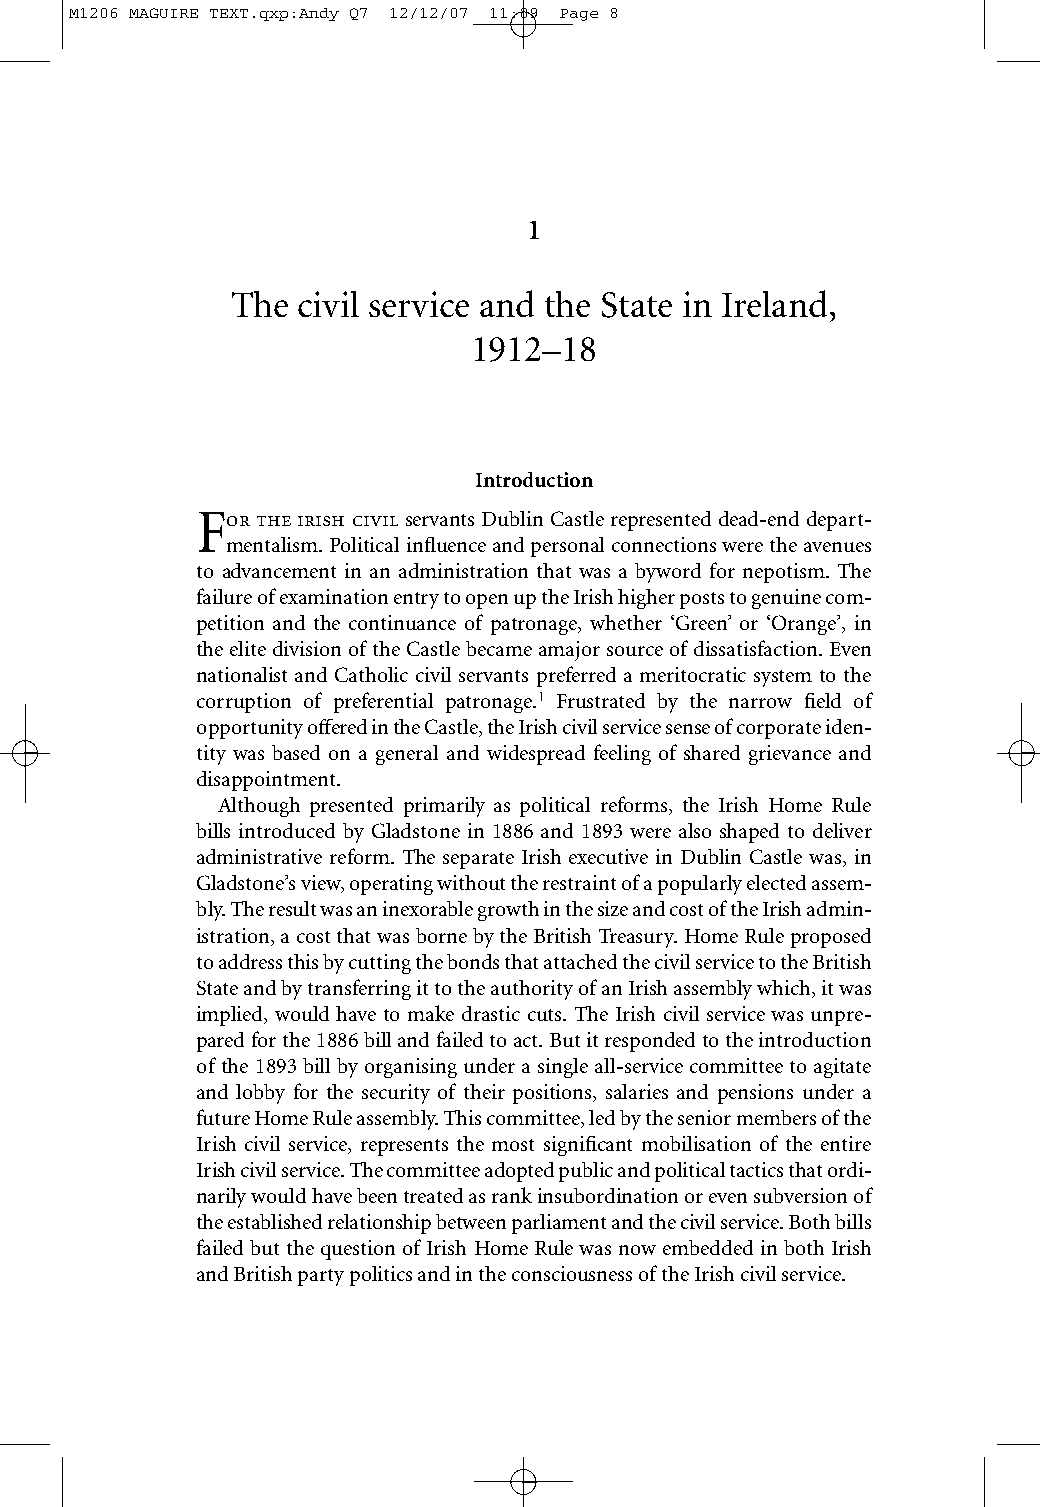
M1206 MAGUIRE TEXT.qxp:Andy Q7 12/12/07 11:09 Page 8
 1
 The  civil service and the State in Ireland,
 1912–18
 Introduction
 F    servants Dublin Castle represented dead-end depart-
 mentalism. Political influence and personal connections were the avenues
 to advancement in an administration that was a byword for nepotism. The
 failure of examination entry to open up the Irish higher posts to genuine com-
 petition and the continuance of patronage, whether ‘Green’ or ‘Orange’, in
 theelite division of the Castle became amajor source of dissatisfaction. Even
 nationalist and Catholic civil servants preferred a meritocratic system to the
 corruption of preferential patronage.1 Frustrated by the narrow field of
 opportunity offered in the Castle, the Irish civil service sense of corporate iden-
 tity was based on a general and widespread feeling of shared grievance and
 disappointment.
 Although presented primarily as political reforms, the Irish Home Rule
 bills introduced by Gladstone in 1886 and 1893 were also shaped to deliver
 administrative reform. The separate Irish executive in Dublin Castle was, in
 Gladstone’s view, operating without the restraint of a popularly elected assem-
 bly. The result was an inexorable growth in the size and cost of the Irish admin-
 istration, a cost that was borne by the British Treasury. Home Rule proposed
 to address this by cutting the bonds that attached the civil service to the British
 State and by transferring it to the authority of an Irish assembly which, it was
 implied, would have to make drastic cuts. The Irish civil service was unpre-
 pared for the 1886 bill and failed to act. But it responded to the introduction
 of the 1893 bill by organising under a single all-service committee to agitate
 and lobby for the security of their positions, salaries and pensions under a
 future Home Rule assembly. This committee, led by the senior members of the
 Irish civil service, represents the most significant mobilisation of the entire
 Irish civil service. The committee adopted public and political tactics that ordi-
 narily would have been treated as rank insubordination or even subversion of
 the established relationship between parliament and the civil service. Both bills
 failed but the question of Irish Home Rule was now embedded in both Irish
 and British party politics and in the consciousness of the Irish civil service.